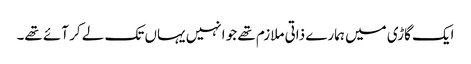
ایک گاڑی میں ہمارے ذاتی ملازم تھے جو انہیں یہاں تک لے کر آئے تھے۔